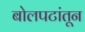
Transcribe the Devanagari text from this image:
बोलपटांतून